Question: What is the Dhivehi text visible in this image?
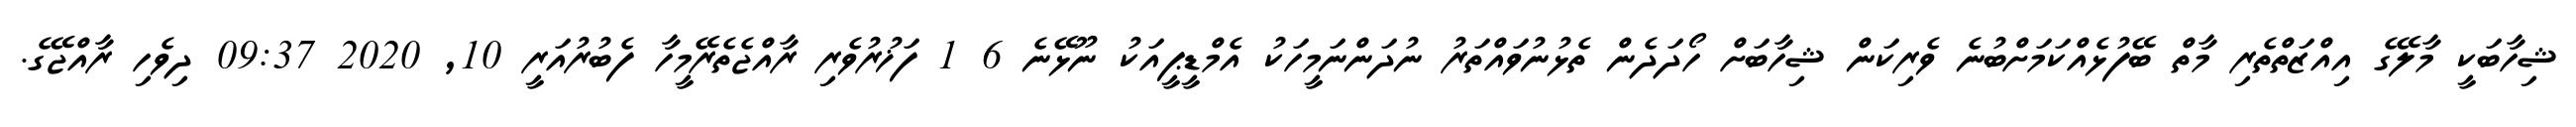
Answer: ޝިހާބަކީ މާލޭގެ އިއްޒަތްތެރި މާތް ބޭފުޅެއްކަމަށްބުނެ ވެރިކަން ޝިހާބަށް ހޯދަދެން ތެޅުނުވައްތަރު ނުދަންނަމީހަކު އެމްޑީޕީއަކު ނޫޅޭނެ 6 1 ފަޚުރުވެރި ރާއްޖެތެރޭމީހާ ފެބުރުއަރީ 10, 2020 09:37 ދިވެހި ރާއްޖޭގެ.